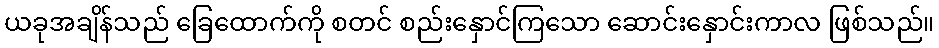
ယခုအချိန်သည် ခြေထောက်ကို စတင် စည်းနှောင်ကြသော ဆောင်းနှောင်းကာလ ဖြစ်သည်။